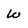
Character: W